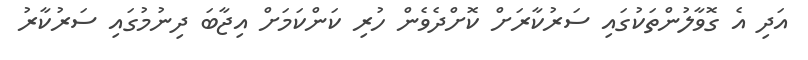
އަދި އެ ގޮވާލުންތަކުގައި ސަރުކާރަށް ކޮށްދެވެން ހުރި ކަންކަމަށް އިޖާބަ ދިނުމުގައި ސަރުކާރު